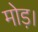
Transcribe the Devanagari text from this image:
मोड़।